Civil Veterinary Department Bengal reports 1933-51 - 1933-1951
Year: 1933
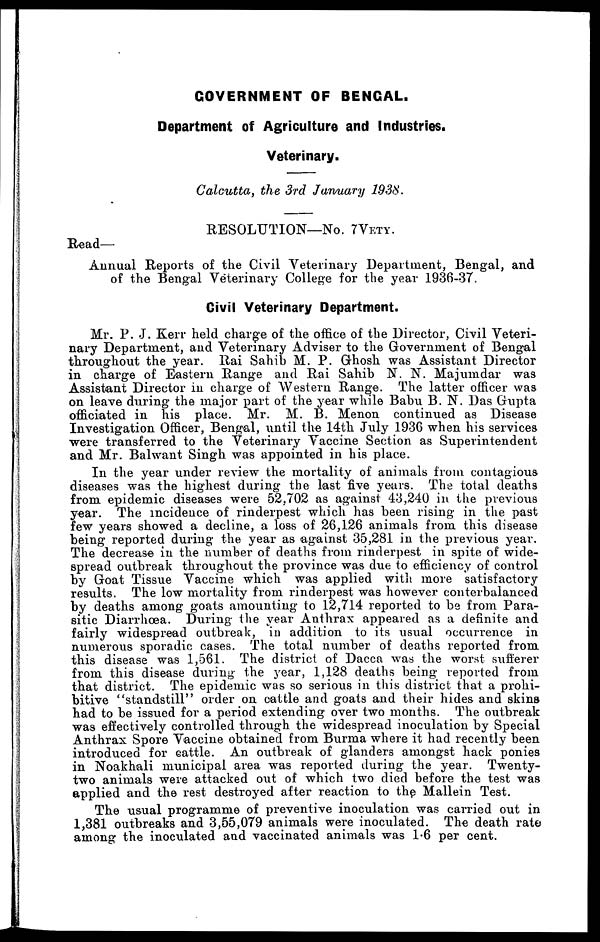
GOVERNMENT OF BENGAL.
Department of Agriculture and Industries.
Veterinary.
Calcutta, the 3rd January 1938.
RESOLUTION—No. 7VETY.
Read—
Annual Reports of the Civil Veterinary Department, Bengal, and
of the Bengal Veterinary College for the year 1936-37.
Civil Veterinary Department.
Mr. P.J. Kerr held charge of the office of the Director, Civil Veteri-
nary Department, and Veterinary Adviser to the Government of Bengal
throughout the year. Rai Sahib M. P. Ghosh was Assistant Director
in charge of Eastern Range and Rai Sahib N. N. Majumdar was
Assistant Director in charge of Western Range. The latter officer was
on leave during the major part of the year while Babu B.N. Das Gupta
officiated in his place. Mr. M. B. Menon continued as Disease
Investigation Officer, Bengal, until the 14th July 1936 when his services
were transferred to the Veterinary Vaccine Section as Superintendent
and Mr. Balwant Singh was appointed in his place.
In the year under review the mortality of animals from contagious
diseases was the highest during the last five years. The total deaths
from epidemic diseases were 52,702 as against 43,240 in the previous
year. The incidence of rinderpest which has been rising in the past
few years showed a decline, a loss of 26,126 animals from this disease
being reported during the year as against 35,281 in the previous year.
The decrease in the number of deaths from rinderpest in spite of wide-
spread outbreak throughout the province was due to efficiency of control
by Goat Tissue Vaccine which was applied with more satisfactory
results. The low mortality from rinderpest was however conterbalanced
by deaths among goats amounting to 12,714 reported to be from Para-
sitic Diarrhæa. During the year Anthrax appeared as a definite and
fairly widespread outbreak, in addition to its usual occurrence in
numerous sporadic cases. The total number of deaths reported from
this disease was 1,561. The district of Dacca was the worst sufferer
from this disease during the year, 1,128 deaths being reported from
that district. The epidemic was so serious in this district that a prohi-
bitive "standstill" order on cattle and goats and their hides and skins
had to be issued for a period extending over two months. The outbreak
was effectively controlled through the widespread inoculation by Special
Anthrax Spore Vaccine obtained from Burma where it had recently been
introduced for cattle. An outbreak of glanders amongst hack ponies
in Noakhali municipal area was reported during the year. Twenty-
two animals were attacked out of which two died before the test was
applied and the rest destroyed after reaction to the Mallein Test.
The usual programme of preventive inoculation was carried out in
1,381 outbreaks and 3,55,079 animals were inoculated. The death rate
among the inoculated and vaccinated animals was 1.6 per cent.